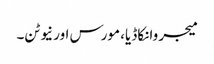
میجر وانکاڈیا، مورس اور نیوٹن۔